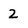
Character: 2